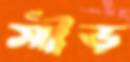
মীড়